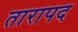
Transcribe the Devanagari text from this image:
तारापद